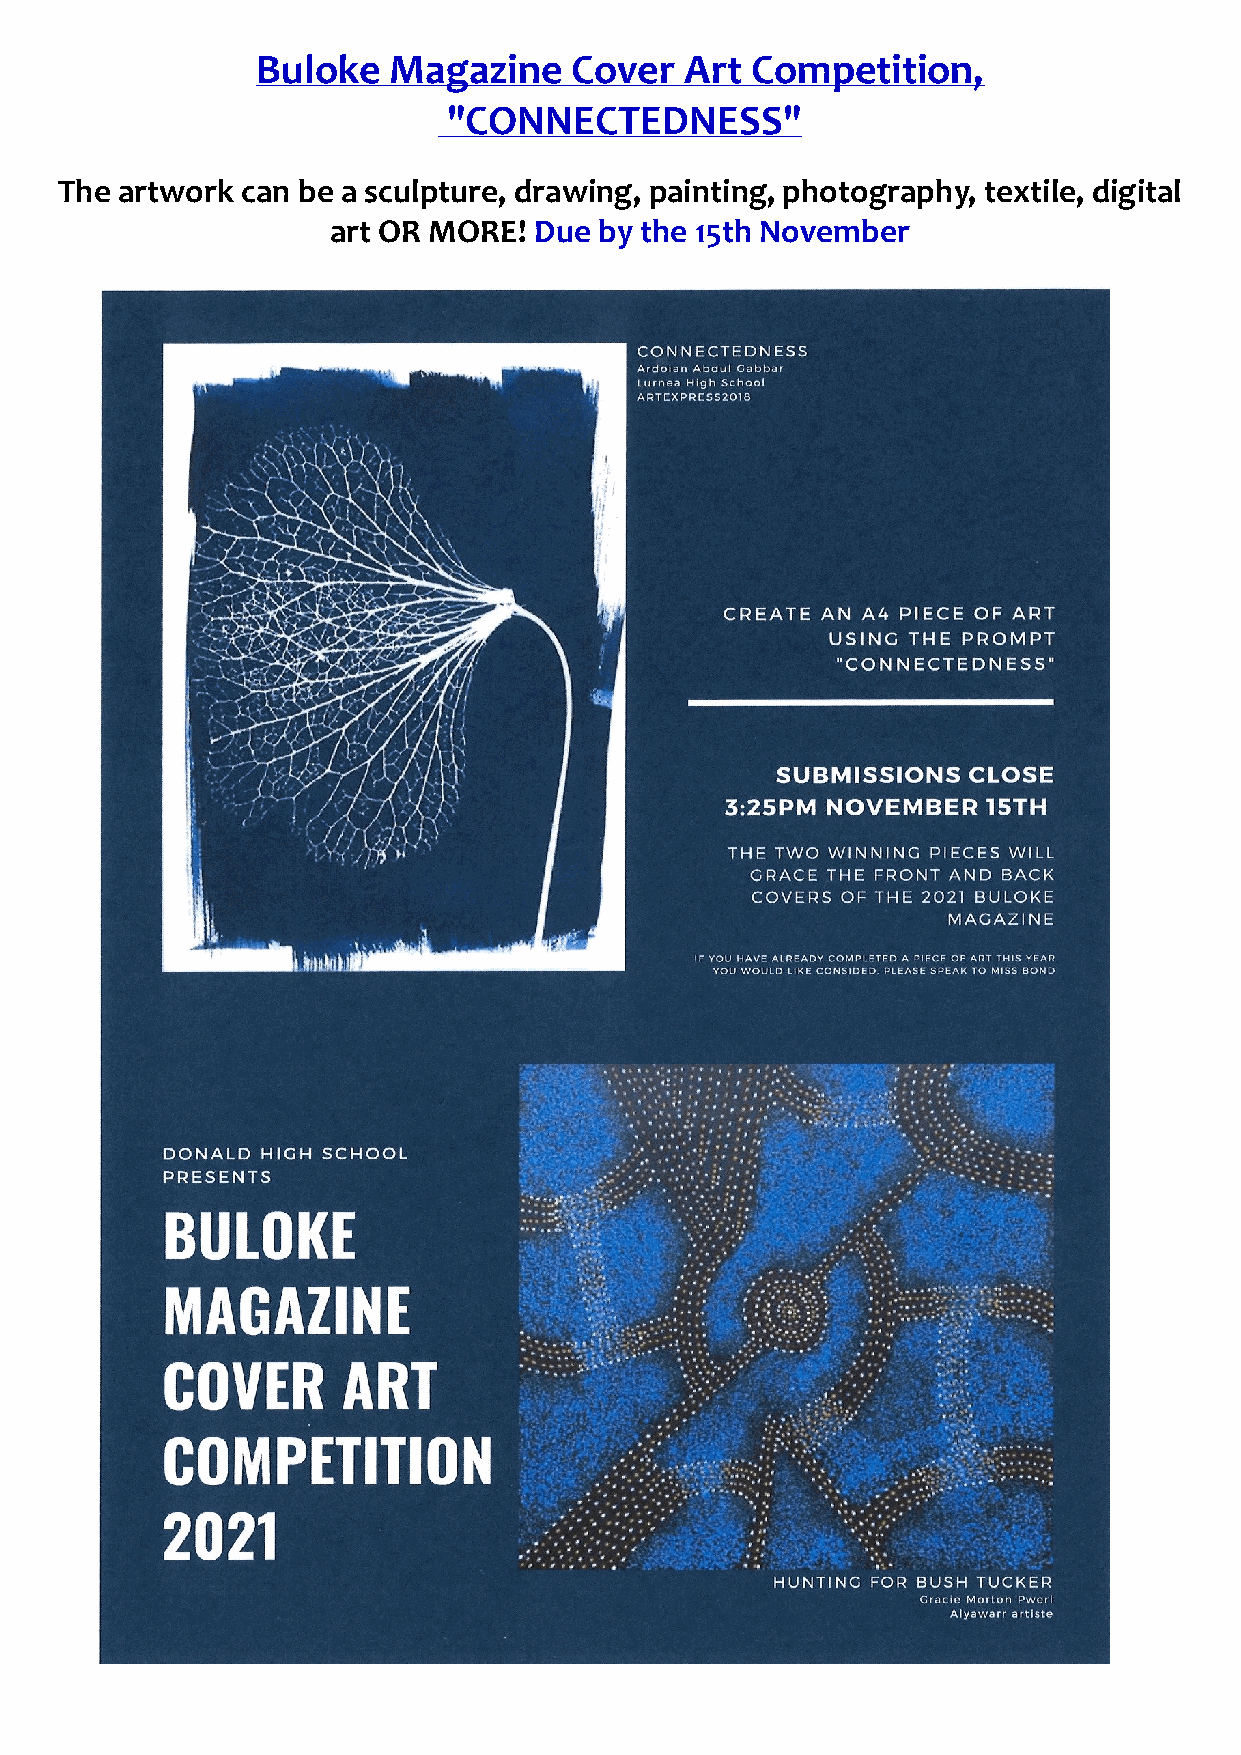
Buloke   Magazine    Cover  Art  Competition,
 "CONNECTEDNESS"
 The artwork can be a sculpture, drawing, painting, photography, textile, digital
 art OR MORE! Due  by the 15th November
 11